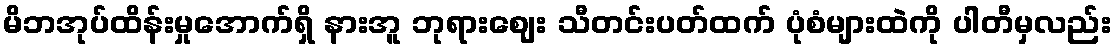
မိဘအုပ်ထိန်းမှုအောက်ရှိ နားအူ ဘုရားဈေး သီတင်းပတ်ထက် ပုံစံများထဲကို ပါတီမှလည်း